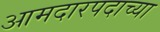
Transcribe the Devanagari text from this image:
आमदारपदाच्या